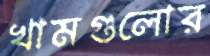
খামগুলোর